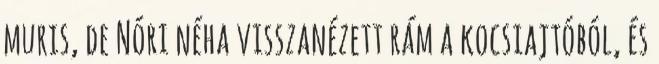
muris, de Nóri néha visszanézett rám a kocsiajtóból, és